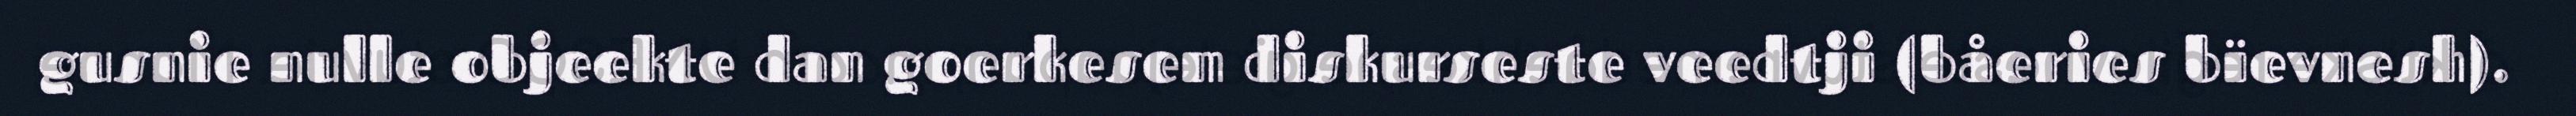
gusnie nulle objeekte dan goerkesem diskurseste veedtji (båeries bïevnesh).